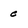
Character: c